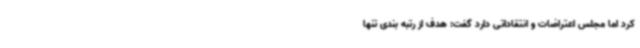
کرد اما مجلس اعتراضات و انتقاداتی دارد گفت: هدف از رتبه بندی تنها